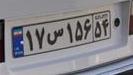
۱۷س۱۵۶۵۴